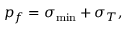
p _ { f } = \sigma _ { \mathrm { m i n } } + \sigma _ { T } ,